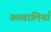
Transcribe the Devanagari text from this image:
कव्वालियाँ